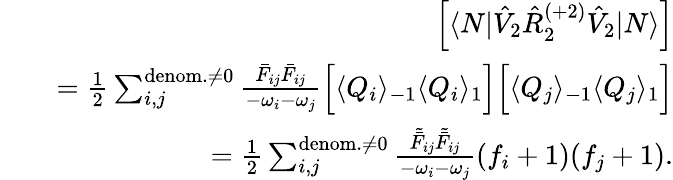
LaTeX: \begin{array}{rlr}&{}&{\left[\langle N|\hat{V}_{2}\hat{R}_{2}^{(+2)}\hat{V}_{2}|N\rangle\right]}\\ &{}&{=\frac{1}{2}\sum_{i,j}^{{\mathrm{denom.}\neq 0}}\frac{\bar{F}_{ij}\bar{F}_{ij}}{-\omega_{i}-\omega_{j}}\Big[\langle Q_{i}\rangle_{-1}\langle Q_{i}\rangle_{1}\Big]\Big[\langle Q_{j}\rangle_{-1}\langle Q_{j}\rangle_{1}\Big]}\\ &{}&{=\frac{1}{2}\sum_{i,j}^{{\mathrm{denom.}\neq 0}}\frac{\tilde{\bar{F}}_{ij}\tilde{\bar{F}}_{ij}}{-\omega_{i}-\omega_{j}}(f_{i}+1)(f_{j}+1).}\end{array}